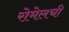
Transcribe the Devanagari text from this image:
रोमेलची